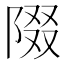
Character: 𨺝